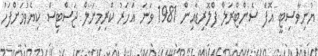
ޔުނިވާސިޓީ އޮފް ސެންޓްރަލް ފްލޮރިޑާއިން 1981 ވަނަ އަހަރު ކްރިމިނަލް ޖަސްޓިސް ކިޔެވުމަށްފަހު